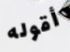
أقوله